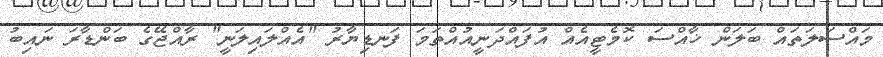
މައްސަލަތައް ބަލަން ޚާއްސަ ކޮމެޓީއެއް އުފައްދަނީއުއްތަމަ ފަނޑިޔާރު "އެއްލައިލަނީ" ރާއްޖޭގެ ބަންޑާރަ ނައިބު